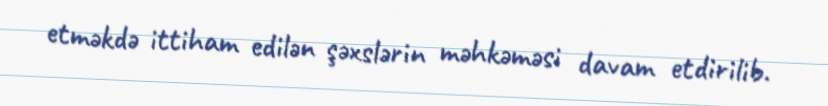
etməkdə ittiham edilən şəxslərin məhkəməsi davam etdirilib.